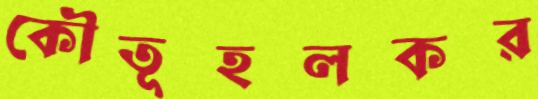
কৌতূহলকর